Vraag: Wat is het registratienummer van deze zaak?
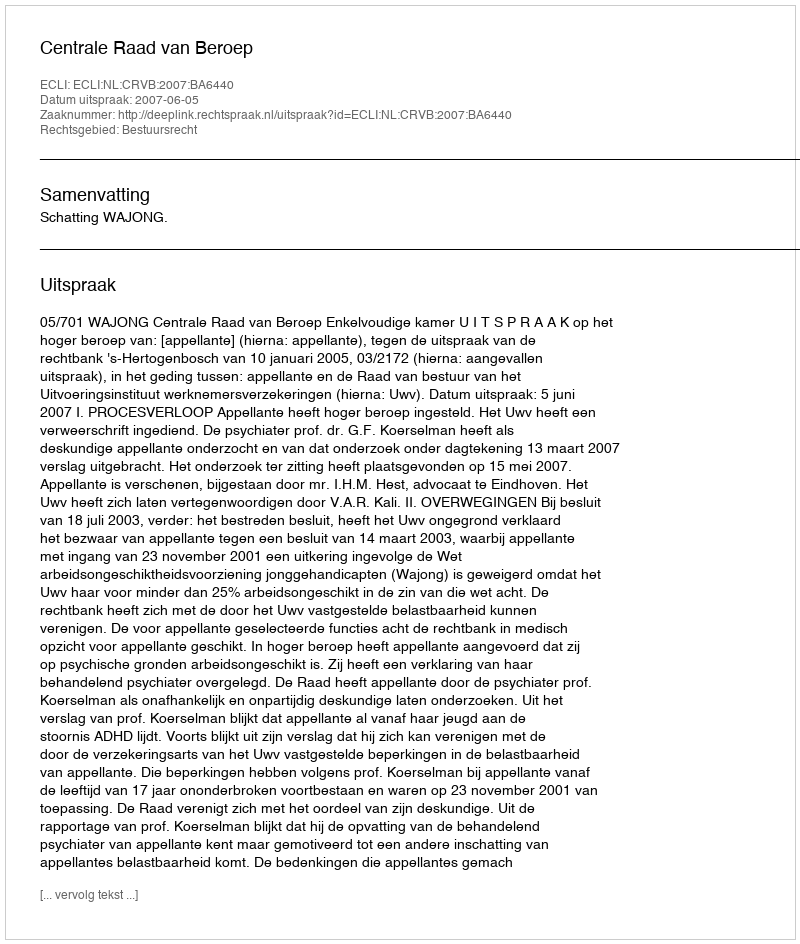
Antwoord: http://deeplink.rechtspraak.nl/uitspraak?id=ECLI:NL:CRVB:2007:BA6440